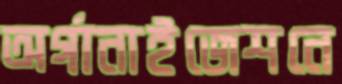
অর্গানাইজেশনে